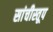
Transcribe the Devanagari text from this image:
सांचीस्तूप